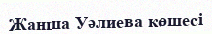
Жанша Уәлиева көшесі